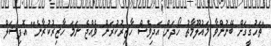
"ތަހުގީގަށް ބޭނުންވާ މައުލޫމާތު ހޯދަން އަދިވެސް ހާޒިރުކުރަން ވެއްޖެ ނަމަ ހާޒިރުކުރާނެ" އޮފިޝަލް